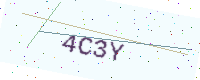
Text: 4C3Y